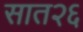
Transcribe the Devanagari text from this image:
सात२६